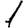
Digit: 1